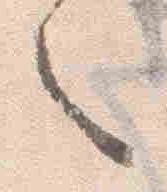
之